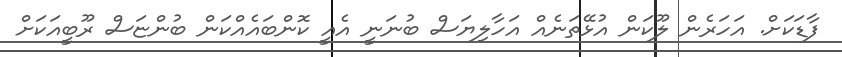
ފާޑަކަށް. އަހަރެން ލޫކަން އުޅޭތަނެއް އަހާލިޔަސް ބުނަނީ އެއީ ކޮންބައެއްކަން ބުންޏަސް ރޫބީއަކަށް